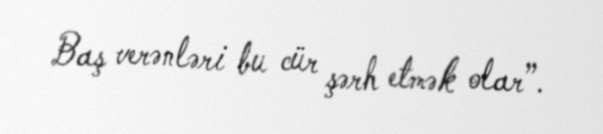
Baş verənləri bu cür şərh etmək olar”.